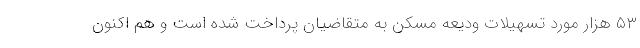
۵۳ هزار مورد تسهیلات ودیعه مسکن به متقاضیان پرداخت شده است و هم اکنون